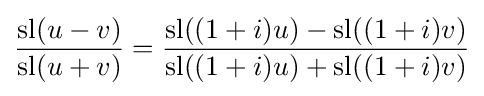
{\frac {\operatorname {sl} (u-v)}{\operatorname {sl} (u+v)}}={\frac {\operatorname {sl} ((1+i)u)-\operatorname {sl} ((1+i)v)}{\operatorname {sl} ((1+i)u)+\operatorname {sl} ((1+i)v)}}